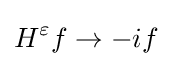
\displaystyle {H^{\varepsilon }f\rightarrow -if}